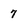
Character: 7